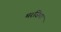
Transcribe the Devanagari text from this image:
मरज़िया